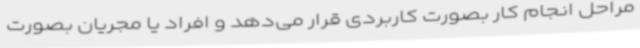
مراحل انجام کار بصورت کاربردی قرار می‌دهد و افراد یا مجریان بصورت